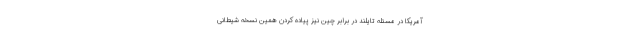
آمریکا در مسئله تایلند در برابر چین نیز پیاده کردن همین نسخه شیطانی